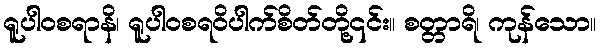
ရူပါဝစရာနိ၊ ရူပါဝစရဝိပါက်စိတ်တို့၎င်း။ စတ္တာရိ၊ ကုန်သော။